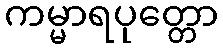
ကမ္မာရပုတ္တော